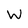
Character: W